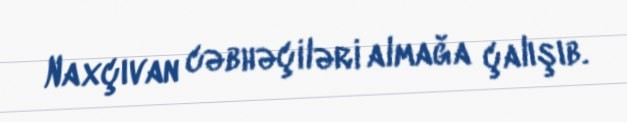
Naxçıvan cəbhəçiləri almağa çalışıb.